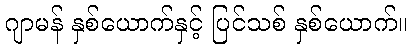
ဂျာမန် နှစ်ယောက်နှင့် ပြင်သစ် နှစ်ယောက်။